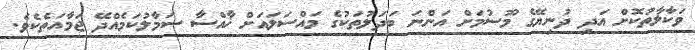
ވަކާލާތުކޮށް އަދި ދުނިޔޭގެ މޫސުމަށް އަންނަ ބަދަލުތަކުގެ މައްސަލައަށް ޚާއްސާ ސަމާލުކަމެއްދޭ ޖަމާއަތެކެވެ.